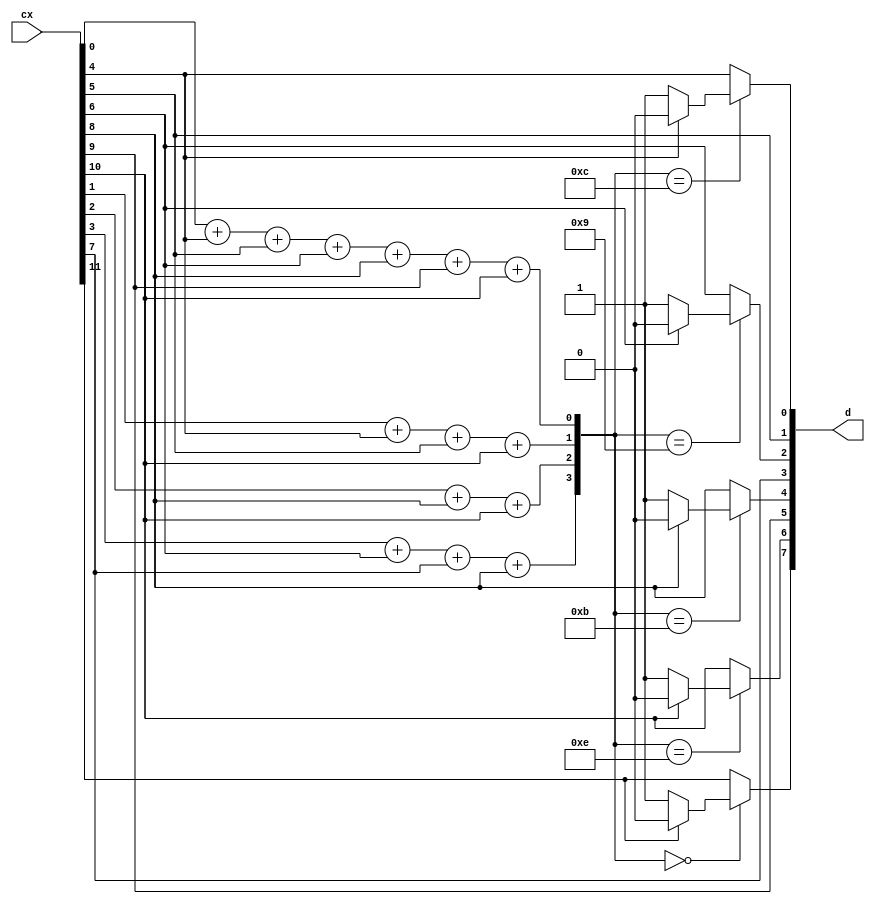
module decoder (cx,d);
	output [7:0] d;

	input [11:0] cx;

	reg [7:0] d;
	reg [7:0] s;
	reg [11:0] cx1;


	parameter s0 = 8'b1000;
	parameter s1 = 8'b0100;
	parameter s2 = 8'b0010;
	parameter s3 = 8'b0001;
	parameter s4 = 8'b1100;
	parameter s5 = 8'b1100;
	parameter s6 = 8'b1001;
	parameter s7 = 8'b0001;
	parameter s8 = 8'b1011;
	parameter s9 = 8'b1000;
	parameter s10 = 8'b1110;
	parameter s11 = 8'b0000;


	always @(cx)
	begin
		cx1[0] = cx[0];
		cx1[1] = cx[1];
		cx1[2] = cx[2];
		cx1[3] = cx[3];
		cx1[4] = cx[4];
		cx1[5] = cx[5];
		cx1[6] = cx[6];
		cx1[7] = cx[7];
		cx1[8] = cx[8];
		cx1[9] = cx[9];
		cx1[10] = cx[10];
		cx1[11] = cx[11];
		s[0]= cx[0]+ cx[4]+ cx[5]+ cx[6]+ cx[8]+ cx[9]+ cx[10];
		s[1]= cx[1]+ cx[4]+ cx[5]+ cx[10];
		s[2]= cx[2]+ cx[8]+ cx[10];
		s[3]= cx[3]+ cx[6]+ cx[7]+ cx[8];



		case(s)
			s0:
				begin
					if(cx[0]==1'b0)
					begin
						cx1[0]=1'b1;
					end
					else
					begin
						cx1[0]=1'b0;
					end
				end
			s1:
				begin
					if(cx[1]==1'b0)
					begin
						cx1[1]=1'b1;
					end
					else
					begin
						cx1[1]=1'b0;
					end
				end
			s2:
				begin
					if(cx[2]==1'b0)
					begin
						cx1[2]=1'b1;
					end
					else
					begin
						cx1[2]=1'b0;
					end
				end
			s3:
				begin
					if(cx[3]==1'b0)
					begin
						cx1[3]=1'b1;
					end
					else
					begin
						cx1[3]=1'b0;
					end
				end
			s4:
				begin
					if(cx[4]==1'b0)
					begin
						cx1[4]=1'b1;
					end
					else
					begin
						cx1[4]=1'b0;
					end
				end
			s5:
				begin
					if(cx[5]==1'b0)
					begin
						cx1[5]=1'b1;
					end
					else
					begin
						cx1[5]=1'b0;
					end
				end
			s6:
				begin
					if(cx[6]==1'b0)
					begin
						cx1[6]=1'b1;
					end
					else
					begin
						cx1[6]=1'b0;
					end
				end
			s7:
				begin
					if(cx[7]==1'b0)
					begin
						cx1[7]=1'b1;
					end
					else
					begin
						cx1[7]=1'b0;
					end
				end
			s8:
				begin
					if(cx[8]==1'b0)
					begin
						cx1[8]=1'b1;
					end
					else
					begin
						cx1[8]=1'b0;
					end
				end
			s9:
				begin
					if(cx[9]==1'b0)
					begin
						cx1[9]=1'b1;
					end
					else
					begin
						cx1[9]=1'b0;
					end
				end
			s10:
				begin
					if(cx[10]==1'b0)
					begin
						cx1[10]=1'b1;
					end
					else
					begin
						cx1[10]=1'b0;
					end
				end
			s11:
				begin
					if(cx[11]==1'b0)
					begin
						cx1[11]=1'b1;
					end
					else
					begin
						cx1[11]=1'b0;
					end
				end
			default:
				begin
					cx1[0]=cx[0];
					cx1[1]=cx[1];
					cx1[2]=cx[2];
					cx1[3]=cx[3];
					cx1[4]=cx[4];
					cx1[5]=cx[5];
					cx1[6]=cx[6];
					cx1[7]=cx[7];
					cx1[8]=cx[8];
					cx1[9]=cx[9];
					cx1[10]=cx[10];
					cx1[11]=cx[11];
				end
		endcase
		d[0] = cx1[4];
		d[1] = cx1[5];
		d[2] = cx1[6];
		d[3] = cx1[7];
		d[4] = cx1[8];
		d[5] = cx1[9];
		d[6] = cx1[10];
		d[7] = cx1[11];
	end
endmodule